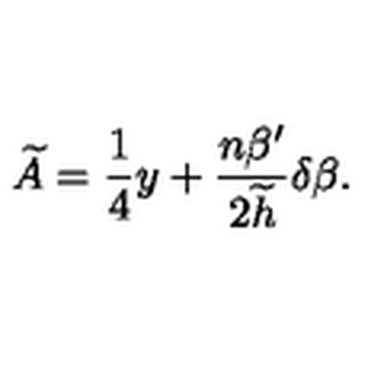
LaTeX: \widetilde { A } = { \frac { 1 } { 4 } } y + { \frac { n \beta ^ { \prime } } { 2 \widetilde { h } } } \delta \beta .